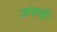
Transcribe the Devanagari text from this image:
जननीं